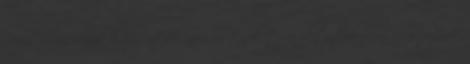
Nem viháncolnak hallgatók, nem sietnek tova oktatók, nem csoszognak